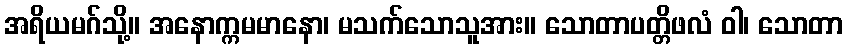
အရိယမဂ်သို့။ အနောက္ကမမာနော၊ မသက်သောသူအား။ သောတာပတ္တိဖလံ ဝါ၊ သောတာ